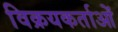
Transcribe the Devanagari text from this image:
विक्रयकर्ताओं